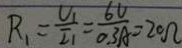
R _ { 1 } = \frac { U _ { 1 } } { I _ { 1 } } = \frac { 6 V } { 0 . 3 A } = 2 0 \Omega